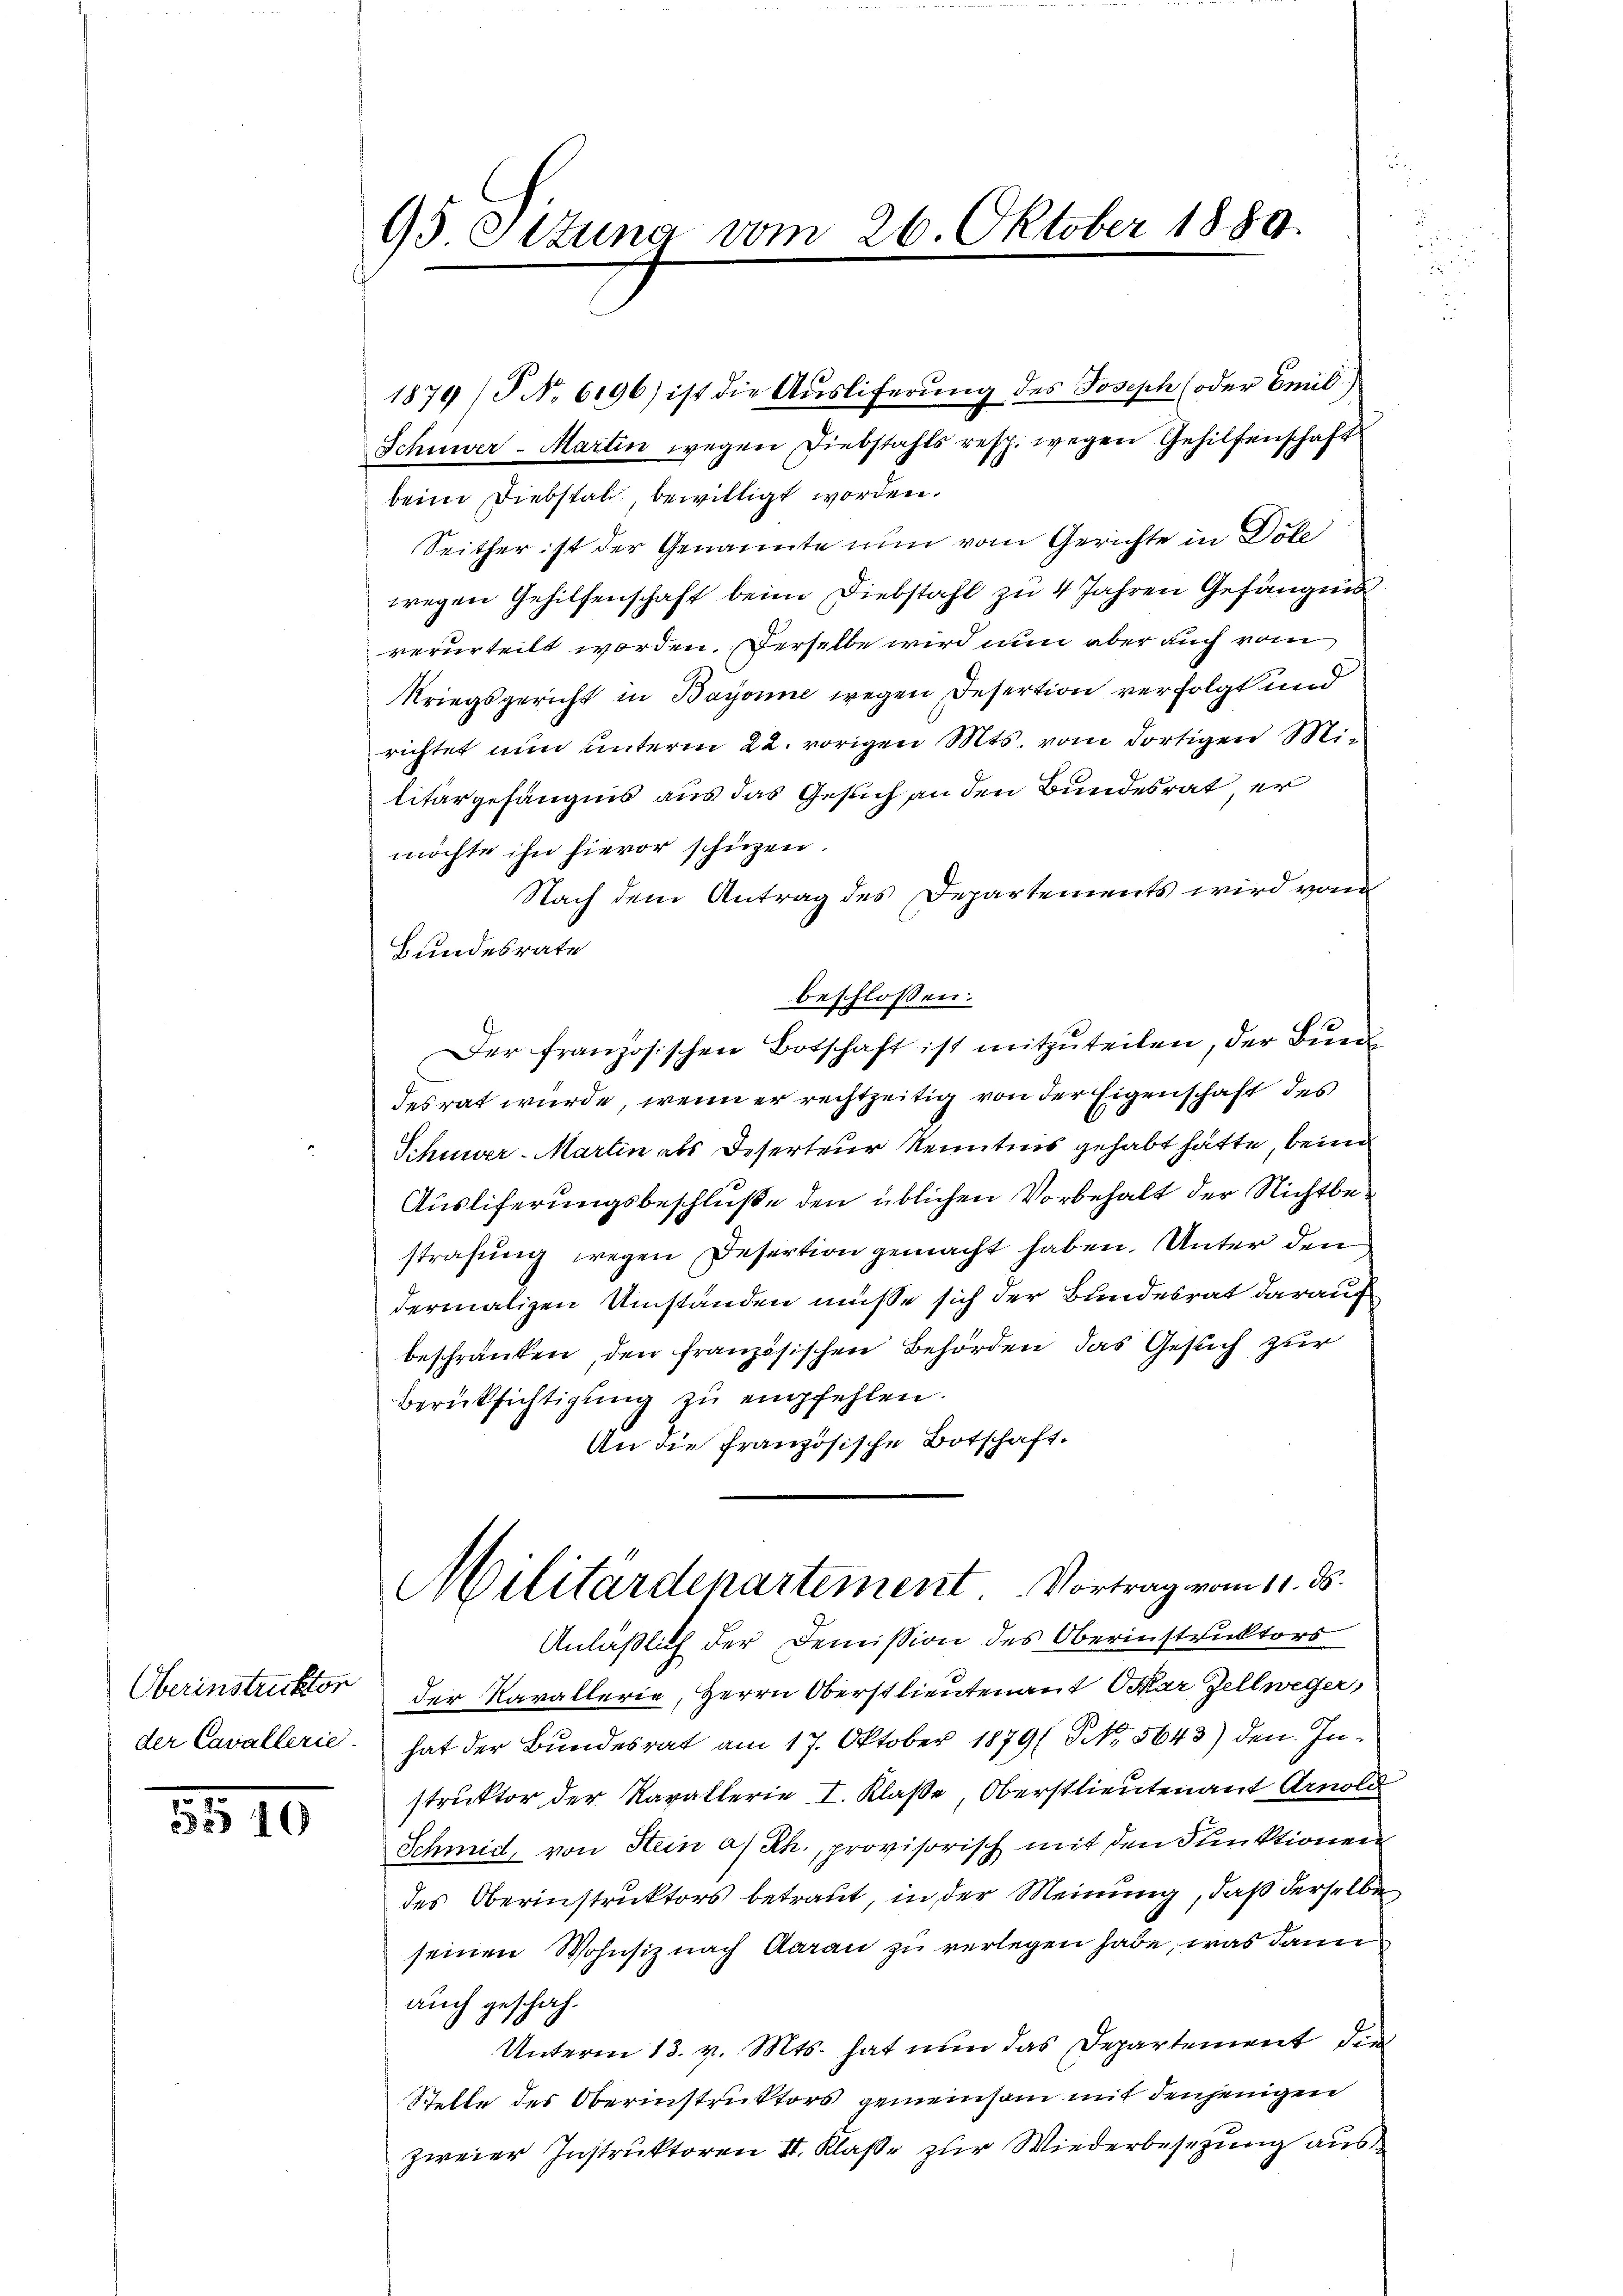
Oberinstruktor
der Cavallerie.

210

95 Ittung vom 26. Oktober 1889.

Schwer - Martin wegen Diebstahls resp. wegen Gehilfenschaft
beim Diebstal, bewilligt worden.
Seither ist der Genannte nun vom Gerichte in Döle
wegen Gehilfenschaft beim Diebstahl zu 4 Jahren Gefängnis.
verurteilt worden. Derselbe wird nun aber auch vom
Kriegsgericht in Bayonne wegen Desertion verfolgt und
richtet nun unterm 22. vorigen Mts. vom dortigen Militärgefängnis aus das Gesuch an den Bundesrat, er
möchte ihn hievor schüzen.
Nach dem Antrag des Departements wird von
Hundesrate
beschlossen:
Der französischen Botschaft ist mitzŭteilen, der Bunde
desrat wurde, wenn er rechtzeitig von der Eigenschaft des
Schmer-Martin als Deserteur Kenntnis gehabt hätte, beim
Ausliferungsbeschluße den üblichen Vorbehalt der Nichtbestrafung wegen Desertion gemacht haben. Unter den
dermaligen Umständen müsse sich der Bundesrat darauf
beschränken, den französischen Behörden das Gesuch zur
Berücksichtigŭng zŭ empfehlen.
An die französische Botschaft.
Militärdepartement. Vortrag vom 11. ds.
Anläßlich der Demission des Oberinstruktors
der Kavallerie, Herrn Oberstlieutenant Oskar Zellweger,
hat der Bundesrat am 17. Oktober 1879 ( NNo. 5643) den Instruktor der Navallerie I. Klaße Oberstlieutenant Arnold
Schmid, von Hein a/Rh., provisorisch mit den Funktionen
des Oberinstruktors betraut, in der Meinung, daß derselbe
seinen Wohnsiz nach Aarau zu verlegen habe, was dann
auch geschah.
Unterm 13. v. Mts. hat nun das Departement der
Stelle des Oberinstruktors gemeinsam mit denjenigen
zweier Instruktoren II. Klaße zur Wiederbesezung aus

1874/§ No 6196) ist die Ausliferung des Joseph (oder Emil)